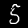
Digit: 5